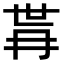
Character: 𭁫